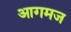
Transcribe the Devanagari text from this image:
आगमज